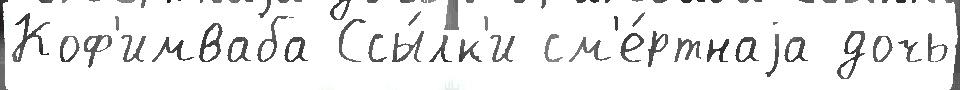
Коф'имваба Ссы́лк'и см'е́ртнаjа дочь